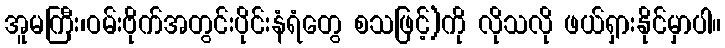
အူမကြီး၊ဝမ်းဗိုက်အတွင်းပိုင်းနံရံတွေ စသဖြင့်)ကို လိုသလို ဖယ်ရှားနိုင်မှာပါ။